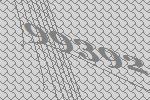
99392